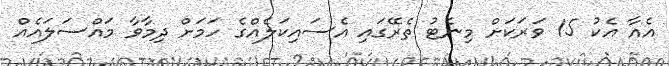
އެއާ އެކު 15 ވަރަކަށް މިނެޓު ތެރޭގައި އެސައިކަލެއްގެ ހަމަށް ދިމާވާ މައްސަލައެއް